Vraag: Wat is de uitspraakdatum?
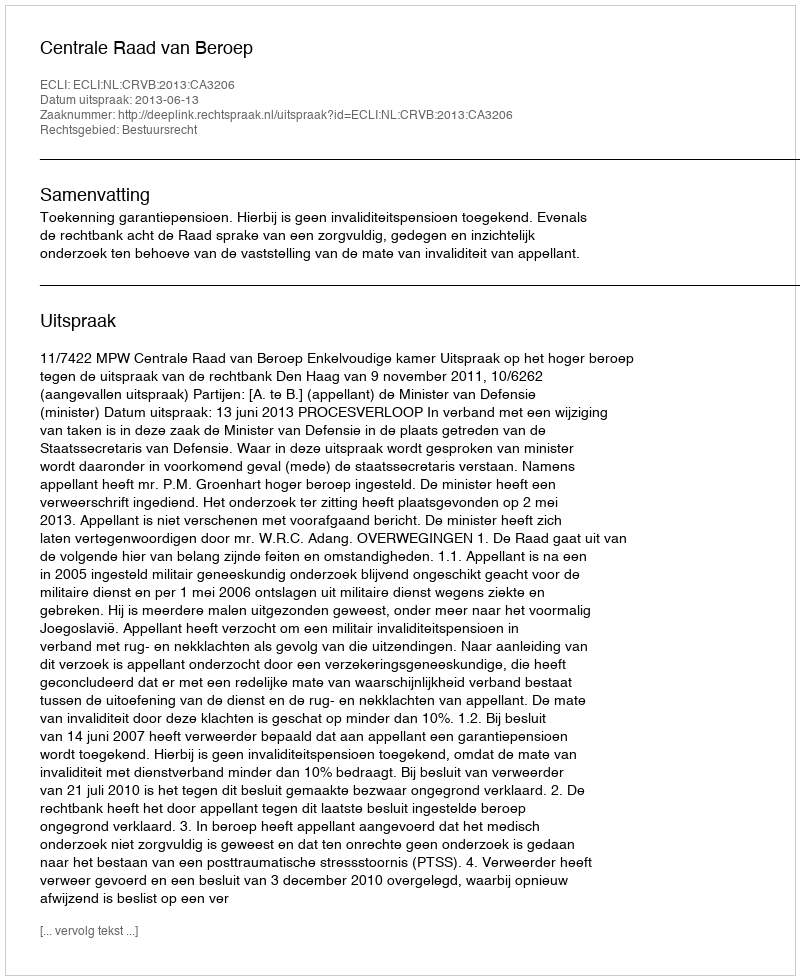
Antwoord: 2013-06-13